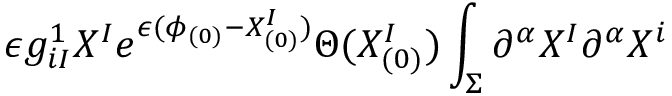
\epsilon g _ { i I } ^ { 1 } X ^ { I } e ^ { \epsilon ( \phi _ { ( 0 ) } - X _ { ( 0 ) } ^ { I } ) } \Theta ( X _ { ( 0 ) } ^ { I } ) \int _ { \Sigma } \partial ^ { \alpha } X ^ { I } \partial ^ { \alpha } X ^ { i }